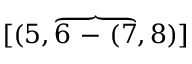
[ ( 5 , \overbrace { 6 \mathrm { ~ - ~ } ( 7 } , 8 ) ]